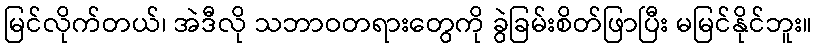
မြင်လိုက်တယ်၊ အဲဒီလို သဘာဝတရားတွေကို ခွဲခြမ်းစိတ်ဖြာပြီး မမြင်နိုင်ဘူး။